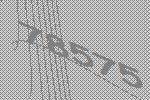
78575